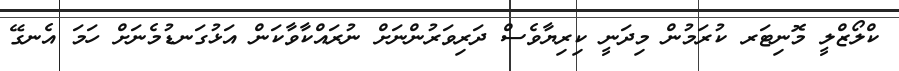
ކްލޯޒްލީ މޮނިޓަރ ކުރަމުން މިދަނީ ކިރިޔާވެސް ދަރިވަރުންނަށް ނުރައްކާވާކަން އަޅުގަނޑުމެނަށް ހަމަ އެނގޭ